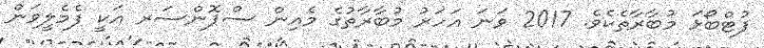
ފުޓްބޯޅަ މުބާރާތެކެވެ. 2017 ވަނަ އަހަރު މުބާރާތުގެ މެއިން ސްޕޮންސަރ އަކީ ފެމެލީވަން